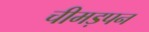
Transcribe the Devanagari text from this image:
चीमड़पन